Civil Veterinary Department. United Provinces 1923-31 - 1923-1931
Year: 1923
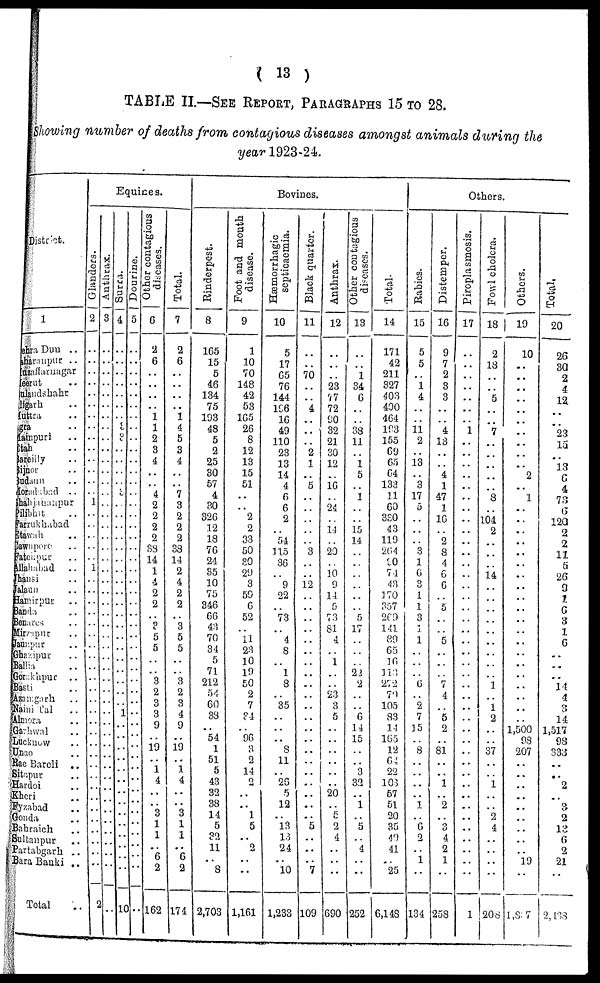
( 13 )
TABLE II—SEE REPORT, PARAGRAPHS 15 to 28.
Showing number of deaths from contagious diseases amongst animals during the
year 1923-24.
District.
1
Dhra Dun ..
Sraupur ..
Muzaffnagar
rut ..
mdshahr
arh ..
tra ...
a ..
npuri ..
h ..
eiily
..
nor ..
lum..
Moradabad ..
Shjhanpur
ibhit ..
Frukhabad
wah ..
zupore ..
chpur ..
shabad ..
nsi ..
un ..
nirpur ..
da ..
ares ..
zapur ..
pur ..
allia ..
orakhpur
..
asti ..
zamgarh ..
Naini Tal ..
amora ..
arhwal ..
ncknow ..
nao ..
ae Bareli
..
itrapur ..
ardoi ..
hcri ..
yzabad ..
onda ..
ahraich ..
altanpur ..
artabgarh ..
ara Banki ..
Total..
Equines.
Glanders.
2
..
..
..
..
..
..
..
..
..
..
..
..
..
1
..
..
..
1
..
..
..
..
..
..
..
..
..
..
..
..
..
..
..
..
..
..
..
..
..
..
..
2
Anthrax.
3
..
..
..
..
..
..
..
..
..
..
..
..
..
..
..
..
..
..
..
..
..
..
..
..
..
..
..
..
..
..
..
..
..
..
..
..
..
..
..
..
..
Surra.
4
..
..
..
..
..
.. 3
3
..
..
..
..
..
..
..
..
..
..
..
..
..
..
..
..
..
..
..
..
..
..
..
..
..
..
..
..
..
..
..
..
..
1
Dourine.
5
..
..
..
..
..
..
..
..
..
..
..
..
..
..
..
..
..
..
..
..
..
..
..
..
..
..
..
..
..
..
..
..
..
..
..
..
..
..
..
..
..
Other contagious
diseases.
6
2
6
..
..
..
.. 1
2
3
4
..
..
4
2
2
2
..
.. 1
4
.. 2
..
3
5
5
......
3
2
3
3
9
19
..
1
4
..
..
3
1
1
..
..
2
..
162
Total.
7
2
6
..
..
1
4
5
3
4
..
..
7
3
2
2
..
.. 2
4
.. 2
..
3
5
5
..
3
2
3
4
9
19
..
1
4
..
..
3
i
i
6
2
..
174
Bovines.
Rinderpest.
8
165
15
5
46
134
75
193
48
5
2
25
30
57
4
30
326
12
18
76
24
35
10
75
346
66
43
70
34
5
71
212
54
60
88
..
54
1
51
5
43
32
38
14
5
32
11
..
8
..
2,703
Foot and mouth
disease.
9
1
10
70
148
42
53
.. 26
8
12
13
15
51
..
..
2
2
33
50
30
29
3
59
6
52
..
11
23
10
19
50
2
7
34
..
96
3
2
14
2
..
.. 1
5
..
2
..
..
..
1,161
Hæmorrhagic
septicaemia.
10
5
17
65
76
144
196
16
49
110
23
13
14
..
6
6
2
54
115
36
..
9
22
..
73
..
4
8
..
1
8
35
..
8
11
26
5
12
.. 13
13
24
..
10
..
1,233
Black quarter.
11
..
..
70
..
4
..
..
..
2
1
..
5
..
..
..
..
3
..
..
12
.. ..
..
..
..
..
..
..
..
..
..
..
..
..
.. 5
..
..
..
7
..
109
Anthrax.
12
..
..
..
23
77
72
90
32
21
30
12
..
16
..
24
..
14
20
..
10
9
14
..
73
81
4
..
1
23
3
5
..
..
..
..
20
..
5
2
4
..
..
..
690
Other contagious
diseases.
13
..
..
1
34
6
..
38
11
..
1
5
..
1
..
15
14
5
17
22
2
6
14
15
3
32
1
5
4
..
..
252
Total.
14
171
42
211
327
403
490
464
193
155
69
65
64
133
11
60
330
43
119
264
30 74
43
170
357
269
141
39
65
16
373
272
70
105
83
14
165
12
64
22
103
57
51
20
35
49
41
25
..
6,148
Others
Rabies.
15
5
5
..
1
4
..
..
11
2
..
13
..
3
17
5
..
..
3
1
6
..
1
1
3
..
1
..
..
6
2
7
35
8
..
..
1
6
2
1
..
..
134
Distemper.
16
9
7
2
3
3
..
4
13
..
..
4
47
1
16
2
8
4
6
6
..
5
..
..
5
..
..
7
4
5
2
81
..
1
..
2
3
4
2
1
..
..
258
Piroplasmosis.
17
..
..
..
..
..
..
..
..
..
..
..
..
..
..
..
..
..
..
..
..
..
..
..
..
..
..
..
..
..
..
..
..
..
..
..
..
..
..
..
..
1
Fowl cholera.
18
9,
18
..
5
..
7
..
..
..
..
8
..
104
2
..
..
14
..
..
..
..
..
..
..
..
1
1
2
37
..
1
....
....
2
4
....
..
..
..
..
208
Others.
| 19
10
..
..
..
..
..
..
..
..
..
2
..
..
..
..
..
..
..
..
..
..
..
..
..
..
..
..
1,500
98
207
..
..
..
..
..
..
..
..
19
..
..
1,827
Total,
20
26
30
2
4
12.
..
..
23
13
..
13
..
6
4
..
120
2
2
11
5
26
9
6
3
..
6
..
..
14
4
14
1,517
98
333
..
2
..
3
2
13
6
2
21
..
..
2,188